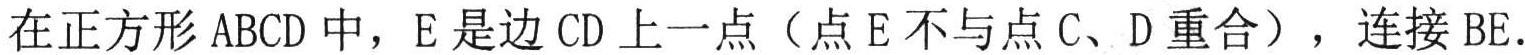
在正方形 \(ABCD\) 中，\(E\) 是边 \(CD\) 上一点（点 \(E\) 不与点 \(C、D\) 重合），连接 \(BE\)